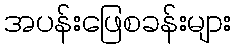
အပန်းဖြေစခန်းများ